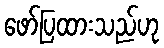
ဖော်ပြထားသည်ဟု